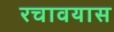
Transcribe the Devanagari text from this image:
रचावयास